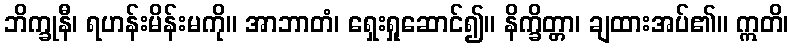
ဘိက္ခုနီ၊ ရဟန်းမိန်းမကို။ အာဘာတံ၊ ရှေးရှုဆောင်၍။ နိက္ခိတ္တာ၊ ချထားအပ်၏။ ဣတိ၊